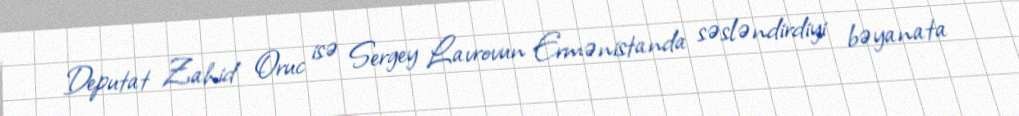
Deputat Zahid Oruc isə Sergey Lavrovun Ermənistanda səsləndirdiyi bəyanata